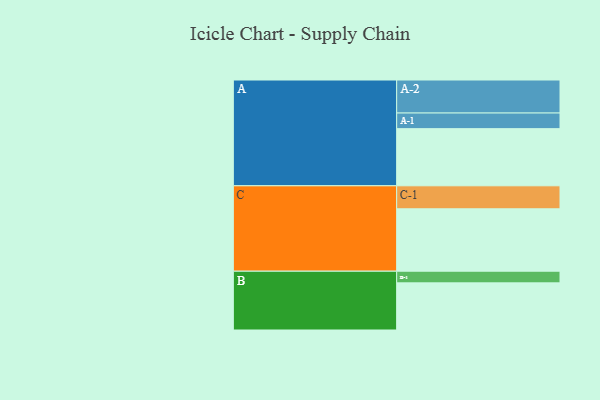
{"axis": {"x": "Segment", "y": "Value"}, "legend": ["", "A", "B", "C"], "data": [{"x": "A", "y": 490, "type": ""}, {"x": "B", "y": 404, "type": ""}, {"x": "C", "y": 535, "type": ""}, {"x": "A-1", "y": 134, "type": "A"}, {"x": "A-2", "y": 283, "type": "A"}, {"x": "B-1", "y": 100, "type": "B"}, {"x": "C-1", "y": 197, "type": "C"}]}